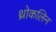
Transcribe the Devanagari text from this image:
थ्रोकलिन